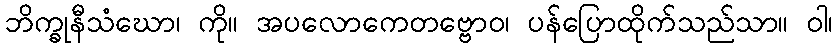
ဘိက္ခုနီသံဃော၊ ကို။ အပလောကေတဗ္ဗောဝ၊ ပန်ပြောထိုက်သည်သာ။ ဝါ၊